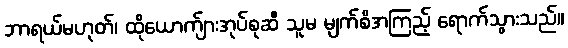
ဘာရယ်မဟုတ်၊ ထိုယောက်ျားအုပ်စုဆီ သူမ မျက်စိအကြည့် ရောက်သွားသည်။